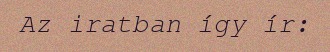
Az iratban így ír: